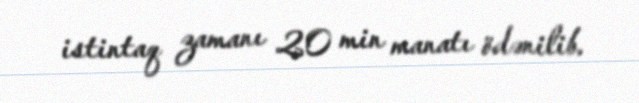
istintaq zamanı 20 min manatı ödənilib.